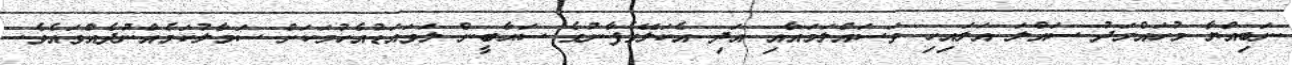
ނަބިއްޔާ މުހައްމަދު ސައްލަ އަލައިހި ވަސައްލަމައާއި އަދި އެކަލޭގެފާނުގެ ސަޙާބީން ލަވައަޑުއެހުމަކަށް ސަމާލުކަމެއްނުދެއްވައެވެ.